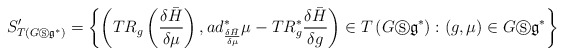
\begin{align*}S_{T\left( G\circledS \mathfrak{g}^{\ast }\right) }^{\prime}=\left\{ \left( TR_{g}\left( \frac{\delta \bar{H}}{\delta \mu}\right) ,ad_{\frac{\delta\bar{H}}{\delta \mu }}^{\ast }\mu -TR_{g}^{\ast }\frac{\delta \bar{H}}{\delta g}\right) \in T\left( G\circledS \mathfrak{g}^{\ast }\right):\left( g,\mu \right) \in G\circledS \mathfrak{g}^{\ast }\right\}\end{align*}